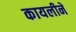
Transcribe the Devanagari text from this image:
कायलीने